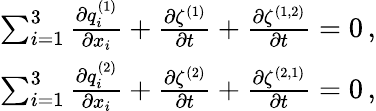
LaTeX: \begin{array}{r}{\sum_{i=1}^{3}\frac{\partial{q_{i}^{(1)}}}{\partial{x_{i}}}+\frac{\partial{\zeta^{(1)}}}{\partial{t}}+\frac{\partial{\zeta^{(1,2)}}}{\partial{t}}=0\, ,}\\ {\sum_{i=1}^{3}\frac{\partial{q_{i}^{(2)}}}{\partial{x_{i}}}+\frac{\partial{\zeta^{(2)}}}{\partial{t}}+\frac{\partial{\zeta^{(2,1)}}}{\partial{t}}=0\, ,}\end{array}